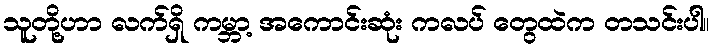
သူတို့ဟာ လက်ရှိ ကမ္ဘာ့ အကောင်းဆုံး ကလပ် တွေထဲက တသင်းပါ။